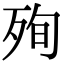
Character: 殉